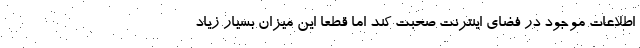
اطلاعات موجود در فضای اینترنت صحبت کند اما قطعا این میزان بسیار زیاد